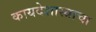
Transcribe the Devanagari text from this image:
कायदेशास्त्राचा